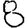
Digit: 8